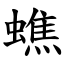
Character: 蟭